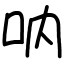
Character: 呐